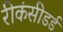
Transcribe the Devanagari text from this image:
रीकंसीडर्ड